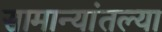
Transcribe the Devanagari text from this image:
सामान्यांतल्या